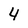
Character: 4